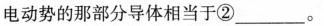
电动势的那部分导体相当于②___。